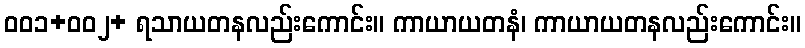
ဝဝ၁+ဝဝ၂+ ရသာယတနလည်းကောင်း။ ကာယာယတနံ၊ ကာယာယတနလည်းကောင်း။